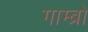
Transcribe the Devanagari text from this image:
गाम्ब्रो